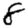
Digit: 8